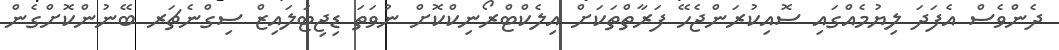
ދެންވެސް އެފަދަ ލިޔުމެއްގައި ސޮއިކުރަންޖެހޭ ފަރާތްތަކަށް އިލެކްޓްރޯނިކްކޮށް ނުވަތަ ޑިޖިޓަލައިޒް ސިގްނެޗަރ ބޭނުންކޮށްގެން